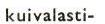
kuivalasti-